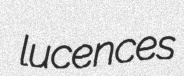
lucences